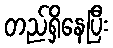
တည်ရှိနေပြီး